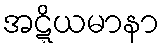
အဋ္ဋိယမာနာ